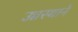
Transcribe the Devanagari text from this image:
उच्चस्थाने